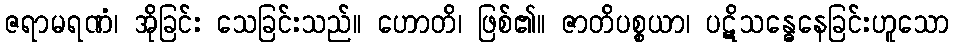
ဇရာမရဏံ၊ အိုခြင်း သေခြင်းသည်။ ဟောတိ၊ ဖြစ်၏။ ဇာတိပစ္စယာ၊ ပဋိသန္ဓေနေခြင်းဟူသော